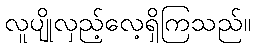
လူပျိုလှည့်လေ့ရှိကြသည်။